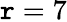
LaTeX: \mathtt{r}=7